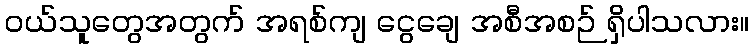
ဝယ်သူတွေအတွက် အရစ်ကျ ငွေချေ အစီအစဉ် ရှိပါသလား။